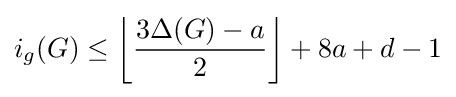
i_{g}(G)\leq \left\lfloor {\frac {3\Delta (G)-a}{2}}\right\rfloor +8a+d-1